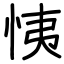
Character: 恞